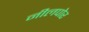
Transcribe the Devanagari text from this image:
नीलपोर